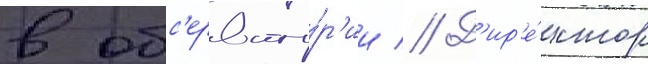
в обс'ервато́р'ии // Д'ир'е́ктор